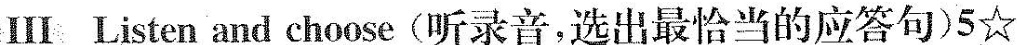
Ⅲ Listen and choose (听录音,选出最恰当的应答句)5☆